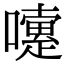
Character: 嚔